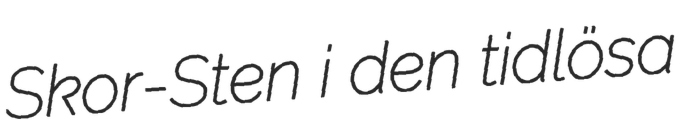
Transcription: Skor-Sten i den tidlösa